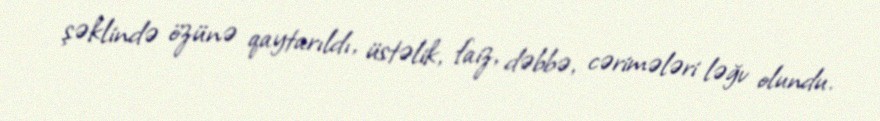
şəklində özünə qaytarıldı, üstəlik, faiz, dəbbə, cərimələri ləğv olundu.